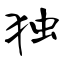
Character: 独